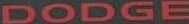
DODGE